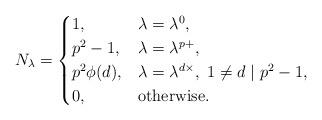
LaTeX: \begin{align*}N_{\lambda} = \begin{cases}1, & \lambda = \lambda^0,\\p^2-1, & \lambda = \lambda^{p+},\\p^2\phi(d), &\lambda = \lambda^{d\times},\ 1\neq d\mid p^{2}-1,\\0, &\mbox{otherwise}.\end{cases}\end{align*}